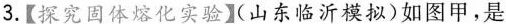
3.【探究固体熔化实验】（山东临沂模拟）如图甲，是